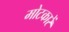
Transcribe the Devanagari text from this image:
मोटकारें